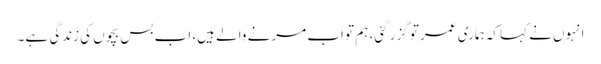
انہوں‌نے کہا کہ ہماری عمر تو گزر گئی، ہم تو اب مرنے والے ہیں، اب بس بچوں کی زندگی ہے۔